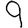
Digit: 9